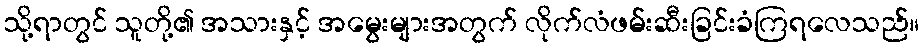
သို့ရာတွင် သူတို့၏ အသားနှင့် အမွေးများအတွက် လိုက်လံဖမ်းဆီးခြင်းခံကြရလေသည်။